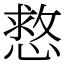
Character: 慦